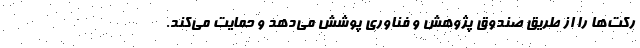
رکت‌ها را از طریق صندوق پژوهش و فناوری پوشش می‌دهد و حمایت می‌کند.